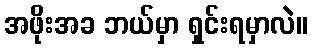
အဖိုးအခ ဘယ်မှာ ရှင်းရမှာလဲ။